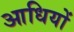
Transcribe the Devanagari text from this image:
आधियों